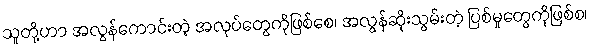
သူတို့ဟာ အလွန်ကောင်းတဲ့ အလုပ်တွေကိုဖြစ်စေ၊ အလွန်ဆိုးသွမ်းတဲ့ ပြစ်မှုတွေကိုဖြစ်စ၊